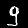
Label: 9